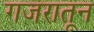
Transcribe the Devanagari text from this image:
गजरातून